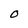
Character: O